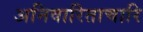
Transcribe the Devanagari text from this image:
अनिवारिताचारि